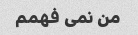
من نمی فهمم